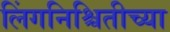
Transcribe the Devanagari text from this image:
लिंगनिश्चितीच्या